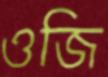
ওজি